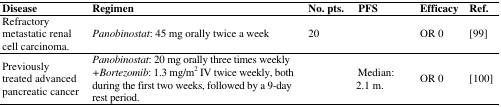
<table><thead><tr><td><b>Disease</b></td><td><b>Regimen</b></td><td><b>No. pts.</b></td><td><b>PFS</b></td><td><b>Efficacy</b></td><td><b>Ref.</b></td></tr></thead><tbody><tr><td>Refractory metastatic renal cell carcinoma.</td><td><i>Panobinostat</i>: 45 mg orally twice a week</td><td>20</td><td></td><td>OR 0</td><td>[99]</td></tr><tr><td>Previously treated advanced pancreatic cancer</td><td><i>Panobinostat</i>: 20 mg orally three times weekly <i>+Bortezomib</i>: 1.3 mg/m<sup>2</sup> IV twice weekly, both during the first two weeks, followed by a 9-day rest period.</td><td></td><td>Median: 2.1 m.</td><td>OR 0</td><td>[100]</td></tr></tbody></table>